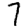
Digit: 7